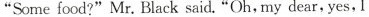
"Some food?" Mr. Black said."Oh,my dear,yes,I